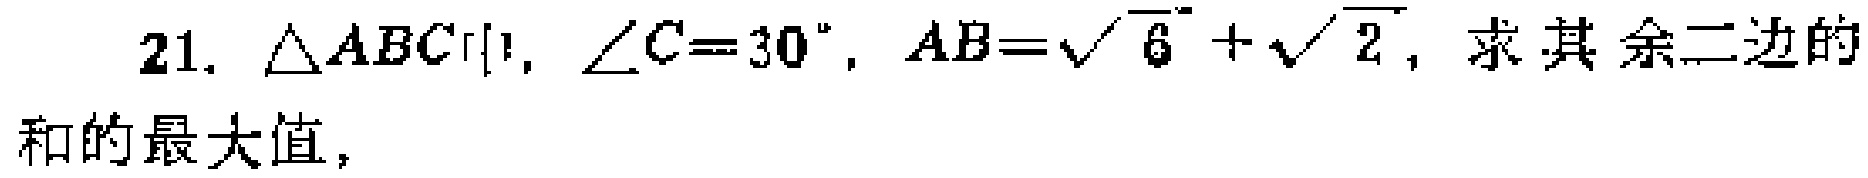
21. $\triangle ABC$中，$\angle C = 30^{\circ}$，$AB=\sqrt{6}+\sqrt{2}$，求其余二边的和的最大值。